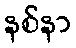
နစ်နာ